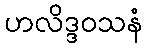
ဟလိဒ္ဒဝသနံ